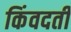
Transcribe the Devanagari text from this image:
किंवदती